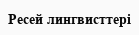
Ресей лингвисттері